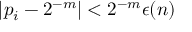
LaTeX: | p _ { i } - 2 ^ { - m } | < 2 ^ { - m } \epsilon ( n )